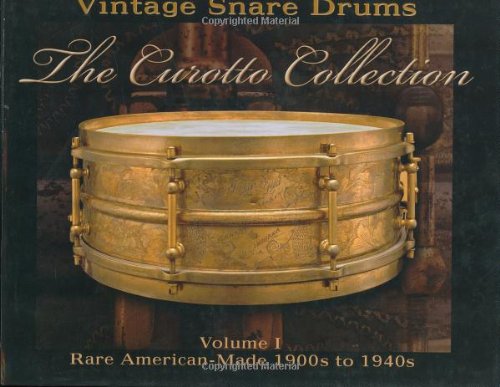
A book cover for Vintage Snare Drums - The Curotto Collection: Volume 1: Rare American-Made 1900s to 1940s; Michael Curotto; Crafts, Hobbies & Home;